Vaccination in Burma 1920-1933 - 1920-1933
Year: 1920
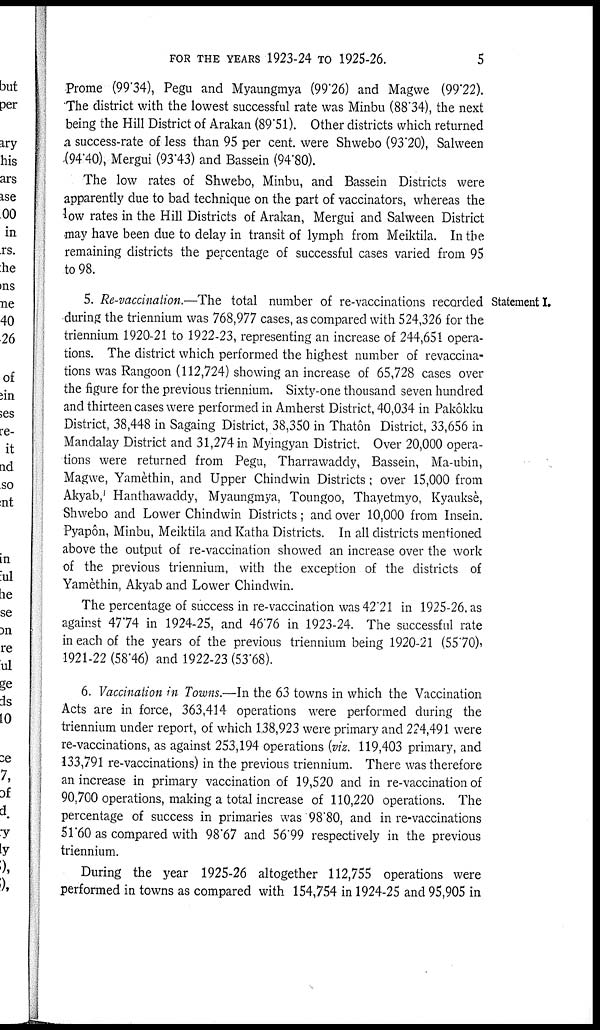
FOR THE YEARS 1923-24 TO 1925-26.
5
Prome (99.34), Pegu and Myaungmya (99.26) and Magwe (99.22).
The district with the lowest successful rate was Minbu (88.34), the next
being the Hill District of Arakan (89.51). Other districts which returned
a success-rate of less than 95 per cent. were Shwebo (93.20), Salween
.(94.40), Mergui (93.43) and Bassein (94.80).
The low rates of Shwebo, Minbu, and Bassein Districts were
apparently due to bad technique on the part of vaccinators, whereas the
low rates in the Hill Districts of Arakan, Mergui and Salween District
may have been due to delay in transit of lymph from Meiktila. In the
remaining districts the percentage of successful cases varied from 95
to 98.
Statement I.
5. Re-vaccination.—The total number of re-vaccinations recorded
during the triennium was 768,977 cases, as compared with 524,326 for the
triennium 1920-21 to 1922-23, representing an increase of 244,651 opera-
tions. The district which performed the highest number of revaccina-
tions was Rangoon (112,724) showing an increase of 65,728 cases over
the figure for the previous triennium. Sixty-one thousand seven hundred
and thirteen cases were performed in Amherst District, 40,034 in Pakôkku
District, 38,448 in Sagaing District, 38,350 in Thatôn District, 33,656 in
Mandalay District and 31,274 in Myingyan District. Over 20,000 opera-
tions were returned from Pegu, Tharrawaddy, Bassein, Ma-ubin,
Magwe, Yamèthin, and Upper Chindwin Districts; over 15,000 from
Akyab, Hanthawaddy, Myaungmya, Toungoo, Thayetmyo, Kyauksè,
Shwebo and Lower Chindwin Districts; and over 10,000 from Insein.
Pyapôn, Minbu, Meiktila and Katha Districts. In all districts mentioned
above the output of re-vaccination showed an increase over the work
of the previous triennium, with the exception of the districts of
Yamèthin, Akyab and Lower Chindwin.
The percentage of success in re-vaccination was 42.21 in 1925-26. as
against 47.74 in 1924-25, and 46.76 in 1923-24. The successful rate
in each of the years of the previous triennium being 1920-21 (55.70),
1921-22 (58.46) and 1922-23 (53.68).
6. Vaccination in Towns.—In the 63 towns in which the Vaccination
Acts are in force, 363,414 operations were performed during the
triennium under report, of which 1.38,923 were primary and 224,491 were
re-vaccinations, as against 253,194 operations (viz. 119,403 primary, and
133,791 re-vaccinations) in the previous triennium. There was therefore
an increase in primary vaccination of 19,520 and in re-vaccination of
90,700 operations, making a total increase of 110,220 operations. The
percentage of success in primaries was 98.80, and in re-vaccinations
51.60 as compared with 98.67 and 56'99 respectively in the previous
triennium.
During the year 1925-26 altogether 112,755 operations were
performed in towns as compared with 154,754 in 1924-25 and 95,905 in